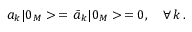
a _ { k } | 0 _ { M } > \, = \, \bar { a } _ { k } | 0 _ { M } > \, = 0 , \quad \forall \, k \, { . }